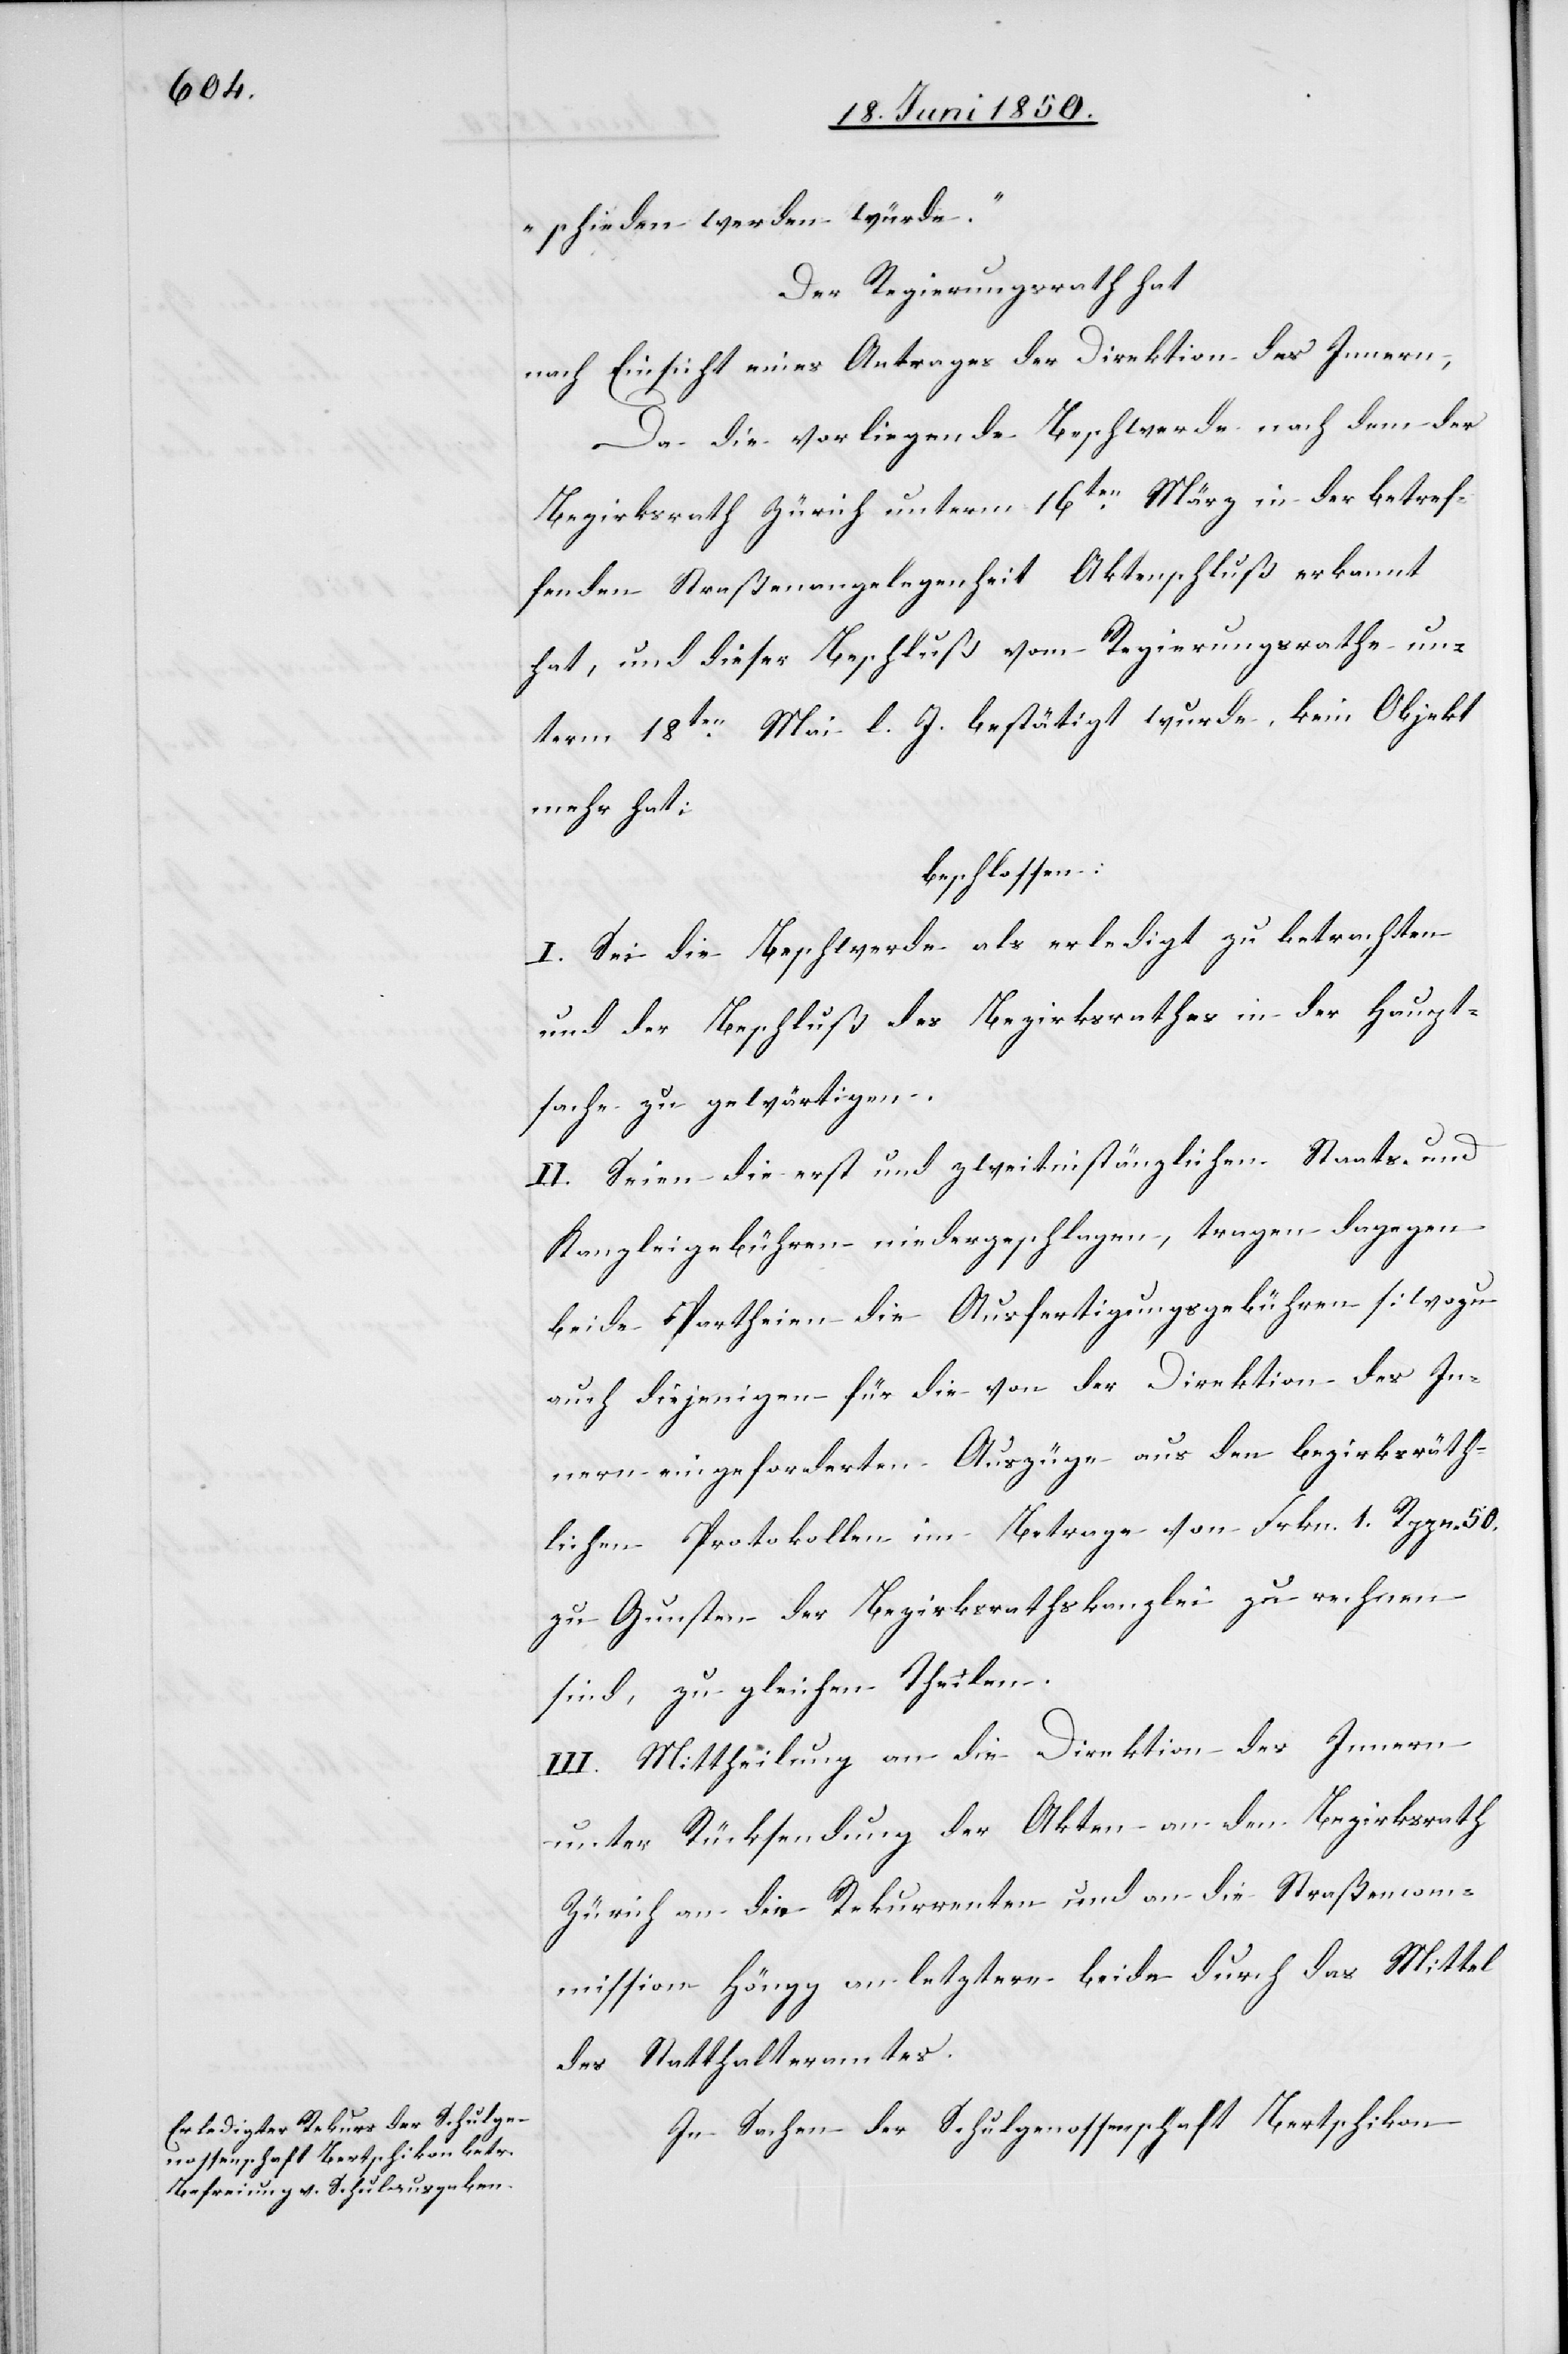
schieden werden würde.“
Der Regierungsrath hat
nach Einsicht eines Antrages der Direktion des Innern,
Da die vorliegende Beschwerde nachdem der
Bezirksrath Zürich unterm 16ten März in der betref¬
fenden Straßenangelegenheit Aktenschluß erkannt
hat, und dieser Beschluß vom Regierungsrathe un¬
term 18ten Mai l. J. bestätigt wurde, kein Objekt
mehr hat;
beschlossen:
I. Sei die Beschwerde als erledigt zu betrachten
und der Beschluß des Bezirksrathes in der Haupt¬
sache zu gewärtigen.
II. Seien die erst und zweitinstänzlichen Staats- und
Kanzleigebühren niedergeschlagen, tragen dagegen
beide Partheien die Ausfertigungsgebühren [wozu
auch diejenigen für die von der Direktion des In¬
nern eingeforderten Auszüge aus den bezirksräth¬
lichen Protokollen im Betrage von Frkn. 1. Rppn. 50.
zu Gunsten der Bezirksrathskanzlei zu rechnen
sind, zu gleichen Theilen.
III. Mittheilung an die Direktion des Innern
unter Rücksendung der Akten an den Bezirksrath
Zürich an die Rekurrenten und an die Straßencom¬
mission Höngg an letztere beide durch das Mittel
des Statthalteramtes.
In Sachen der Schulgenossenschaft Bertschikon